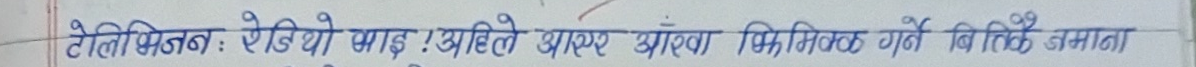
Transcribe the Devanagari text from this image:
टेलिभिजन, रेडियो भाइः अहिले आएर आँखा मिकल गर्ने बित्तिकै जम्मा